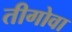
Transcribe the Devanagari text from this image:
तीगोवा